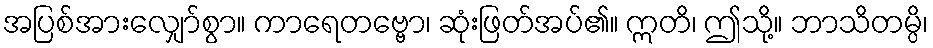
အပြစ်အားလျှော်စွာ။ ကာရေတဗ္ဗော၊ ဆုံးဖြတ်အပ်၏။ ဣတိ၊ ဤသို့။ ဘာသိတမ္ပိ၊